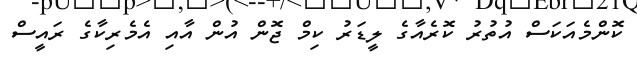
ކޮންމެއަކަސް އުތުރު ކޮރެއާގެ ލީޑަރު ކިމް ޖޮން އުން އާއި އެމެރިކާގެ ރައީސް